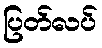
ပြတ်လပ်